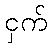
ငှက်